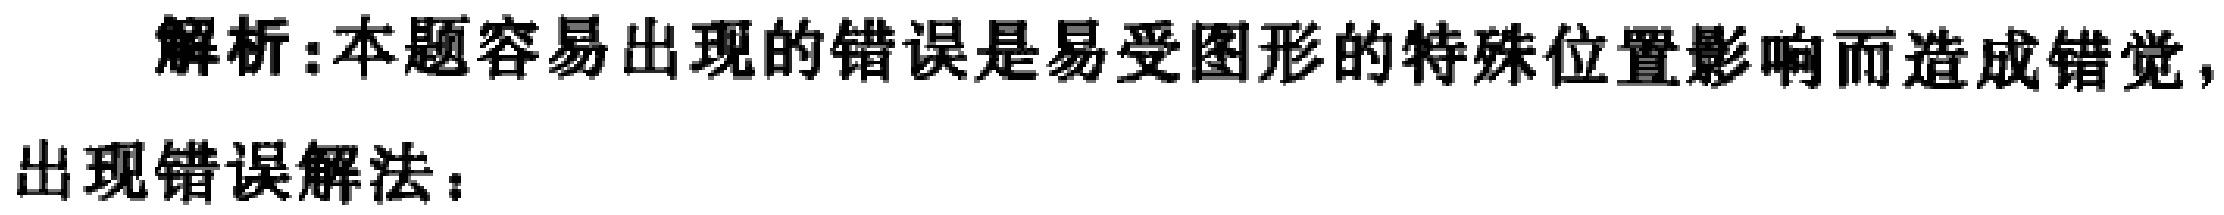
解析:本题容易出现的错误是易受图形的特殊位置影响而造成错觉，
出现错误解法：